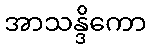
အာသန္ဒိကော